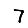
Digit: 7